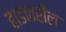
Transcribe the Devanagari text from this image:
हाडावरील